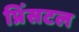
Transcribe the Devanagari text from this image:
प्रिंसटल